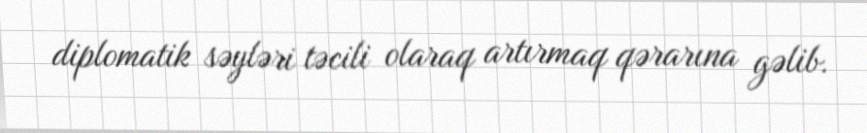
diplomatik səyləri təcili olaraq artırmaq qərarına gəlib.